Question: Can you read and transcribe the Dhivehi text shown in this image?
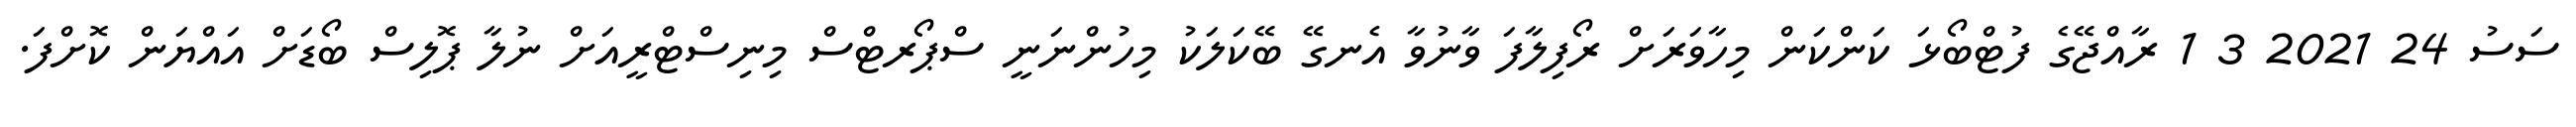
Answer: ސަސު 24 2021 3 1 ރާއްޖޭގެ ފުޓްބޯޅަ ކަންކަން މިހާވަރަށް ރޯފިލާފަ ވާނުވާ އެނގޭ ބޭކަލަކު މިހުންނަނީ ސްޕޯރޓްސް މިނިސްޓްރީއަށް ނުލާ ޕޮލިސް ބޯޑަށް އައްޔަން ކޮށްފަ.